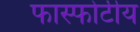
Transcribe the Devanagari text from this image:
फास्फोटीय